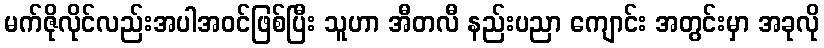
မက်ဇိုလိုင်လည်းအပါအဝင်ဖြစ်ပြီး သူဟာ အီတလီ နည်းပညာ ကျောင်း အတွင်းမှာ အခုလို